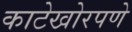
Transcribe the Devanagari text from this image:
काटेखोरपणे